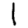
Digit: 1